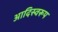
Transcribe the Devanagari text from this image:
आदिस्वरूप